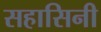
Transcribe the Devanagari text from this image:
सहासिनी